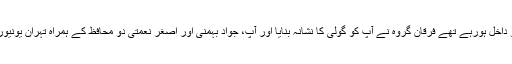
وہ تہران یونیور سٹی میں 18/ دسمبر 1979ء کو داخل ہورہے تھے فرقان گروہ نے آپ کو گولی کا نشانہ بنایا اور آپ، جواد بہمنی اور اصغر نعمتی دو محافظ کے ہمراه تہران یونیورسٹی میں الہیات کالج کے سامنے مار دیئے گئے۔